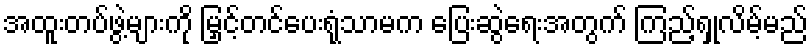
အထူးတပ်ဖွဲ့များကို မြှင့်တင်ပေးရုံသာမက ပြေးဆွဲရေးအတွက် ကြည့်ရှုလိမ့်မည်